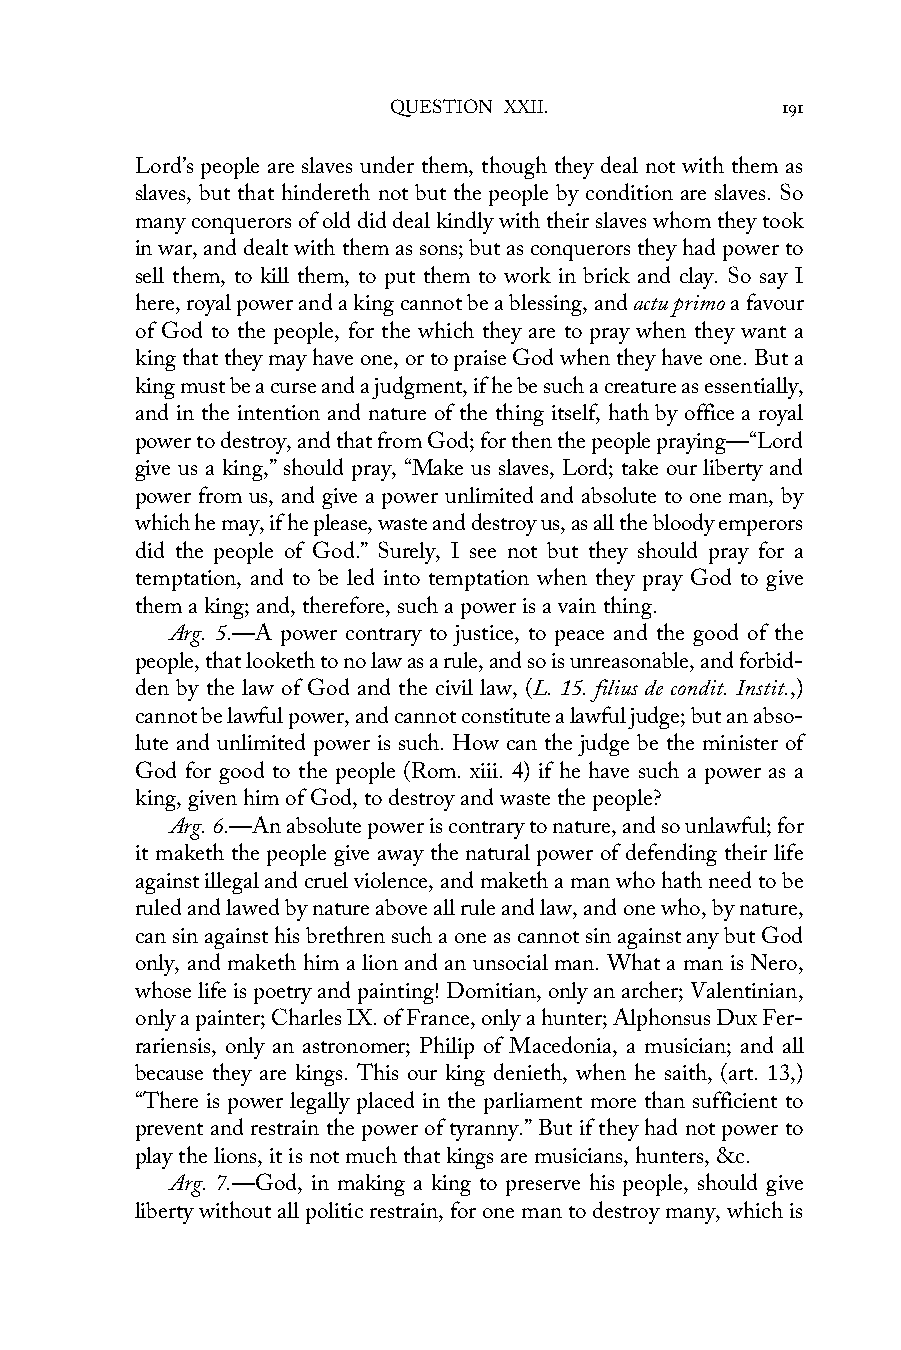
QUESTION XXII.            191
 Lord’s people are slaves under them, though they deal not with them as
 slaves, but that hindereth not but the people by condition are slaves. So
 many conquerors of old did deal kindly with their slaves whom they took
 in war, and dealt with them as sons; but as conquerors they had power to
 sell them, to kill them, to put them to work in brick and clay. So say I
 here, royal power and a king cannot be a blessing, and actu primo a favour
 of God to the people, for the which they are to pray when they want a
 king that they may have one, or to praise God when they have one. But a
 king must be a curse and a judgment, if he be such a creature as essentially,
 and in the intention and nature of the thing itself, hath by office a royal
 power to destroy, and that from God; for then the people praying—“Lord
 give us a king,” should pray, “Make us slaves, Lord; take our liberty and
 power from us, and give a power unlimited and absolute to one man, by
 which he may, if he please, waste and destroy us, as all the bloody emperors
 did the people of God.” Surely, I see not but they should pray for a
 temptation, and to be led into temptation when they pray God to give
 them a king; and, therefore, such a power is a vain thing.
 Arg. 5.—A power contrary to justice, to peace and the good of the
 people, that looketh to no law as a rule, and so is unreasonable, and forbid-
 den by the law of God and the civil law, (L. 15. filius de condit. Instit.,)
 cannot be lawful power, and cannot constitute a lawful judge; but an abso-
 lute and unlimited power is such. How can the judge be the minister of
 God for good to the people (Rom. xiii. 4) if he have such a power as a
 king, given him of God, to destroy and waste the people?
 Arg. 6.—An absolute power is contrary to nature, and so unlawful; for
 it maketh the people give away the natural power of defending their life
 against illegal and cruel violence, and maketh a man who hath need to be
 ruled and lawed by nature above all rule and law, and one who, by nature,
 can sin against his brethren such a one as cannot sin against any but God
 only, and maketh him a lion and an unsocial man. What a man is Nero,
 whose life is poetry and painting! Domitian, only an archer; Valentinian,
 only a painter; Charles IX. of France, only a hunter; Alphonsus Dux Fer-
 rariensis, only an astronomer; Philip of Macedonia, a musician; and all
 because they are kings. This our king denieth, when he saith, (art. 13,)
 “There is power legally placed in the parliament more than sufficient to
 prevent and restrain the power of tyranny.” But if they had not power to
 play the lions, it is not much that kings are musicians, hunters, &c.
 Arg. 7.—God, in making a king to preserve his people, should give
 liberty without all politic restrain, for one man to destroy many, which is